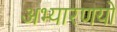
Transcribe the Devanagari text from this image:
अभ्यारणयों